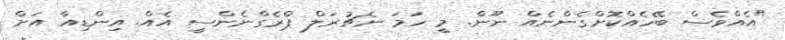
"އެއްވެސް ބޭހެއްކޮށްގެންނެއް ނޫން. މީ ހަމަ ނެޗުރަލް ޕްރެގްނެންސީ އެއް. އިންޑިއާ އަށް